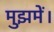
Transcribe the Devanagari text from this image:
मुझमें।